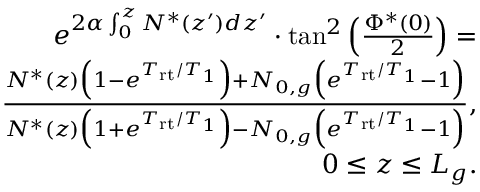
\begin{array} { r } { e ^ { 2 \alpha \int _ { 0 } ^ { z } N ^ { * } ( z ^ { \prime } ) d z ^ { \prime } } \cdot \tan ^ { 2 } \Big ( \frac { \Phi ^ { * } ( 0 ) } { 2 } \Big ) = } \\ { \frac { N ^ { * } ( z ) \Big ( 1 - e ^ { T _ { \mathrm { r t } } / T _ { 1 } } \Big ) + N _ { 0 , g } \Big ( e ^ { T _ { \mathrm { r t } } / T _ { 1 } } - 1 \Big ) } { N ^ { * } ( z ) \Big ( 1 + e ^ { T _ { \mathrm { r t } } / T _ { 1 } } \Big ) - N _ { 0 , g } \Big ( e ^ { T _ { \mathrm { r t } } / T _ { 1 } } - 1 \Big ) } , } \\ { 0 \le z \le L _ { g } . } \end{array}